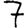
Digit: 7